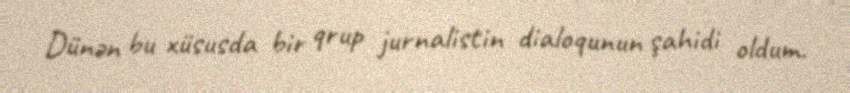
Dünən bu xüsusda bir qrup jurnalistin dialoqunun şahidi oldum.